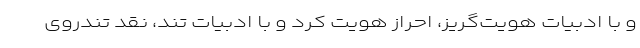
و با ادبیات هویت‌گریز، احراز هویت کرد و با ادبیات تند، نقد تندروی